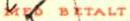
MED BETALT